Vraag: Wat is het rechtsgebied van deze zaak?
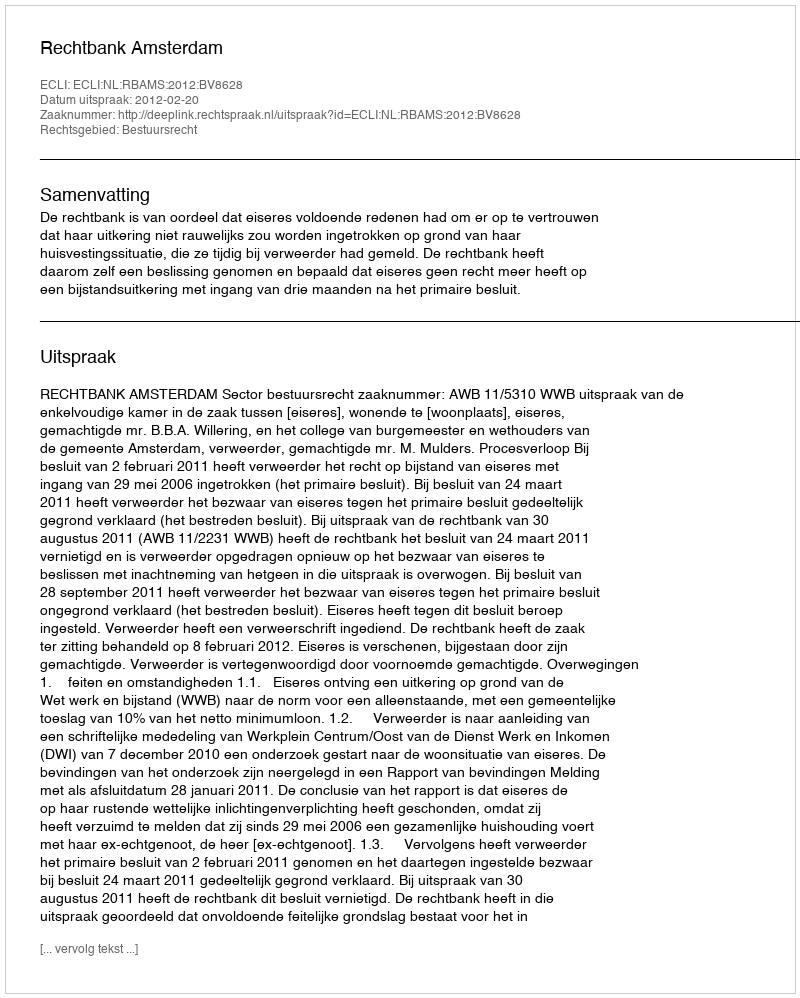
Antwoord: Bestuursrecht